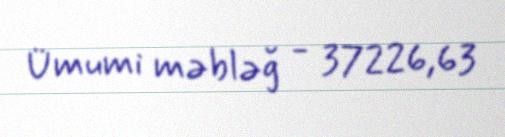
Ümumi məbləğ - 37226,63